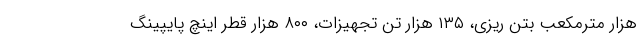
هزار مترمکعب بتن ریزی، ۱۳۵ هزار تن تجهیزات، ۸۰۰ هزار قطر اینچ پایپینگ